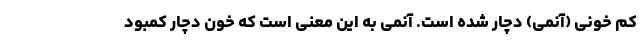
کم‌ خونی (آنمی) دچار شده است. آنمی به این معنی است که خون دچار کمبود